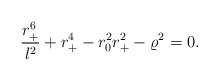
\begin{align*}{r_+^6 \over l^2} + r_+^4 - r_0^2 r_+^2 - \varrho^2 = 0.\end{align*}